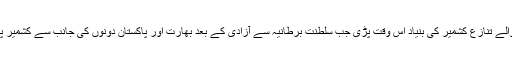
1940 میں شروع ہونے والے تنازع کشمیر کی بنیاد اس وقت پڑی جب سلطنت برطانیہ سے آزادی کے بعد بھارت اور پاکستان دونوں کی جانب سے کشمیر پر ملکیت کا دعوی کیا گیا۔